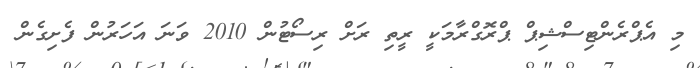
މި އެޕްރެންޓިސްޝިޕް ޕްރޮގްރާމަކީ ރީތި ރަށް ރިސޯޓުން 2010 ވަނަ އަހަރުން ފެށިގެން